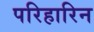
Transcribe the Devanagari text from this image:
परिहारिन